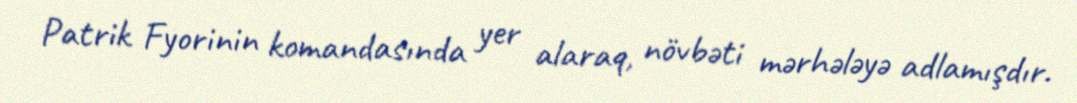
Patrik Fyorinin komandasında yer alaraq, növbəti mərhələyə adlamışdır.